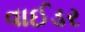
વાઈડર